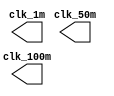
module clk_gen(
clk_50m,
clk_100m,
clk_1m
);
output clk_50m;
output clk_100m;
output clk_1m;
//------------------------------------
reg clk_50m;
reg clk_100m;
reg clk_1m;
initial clk_50m <= 1'b1;
initial clk_100m <= 1'b1;
initial clk_1m <= 1'b1;

always #10 clk_50m <= ~clk_50m;
always #5 clk_100m <= ~clk_100m;
always #500 clk_1m <= ~clk_1m;

endmodule